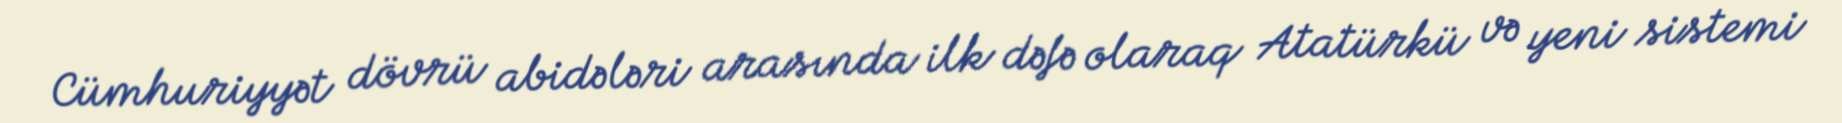
Cümhuriyyət dövrü abidələri arasında ilk dəfə olaraq Atatürkü və yeni sistemi